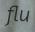
flu